Vaccination in Bombay 1924-1928 - 1924-1928
Year: 1924
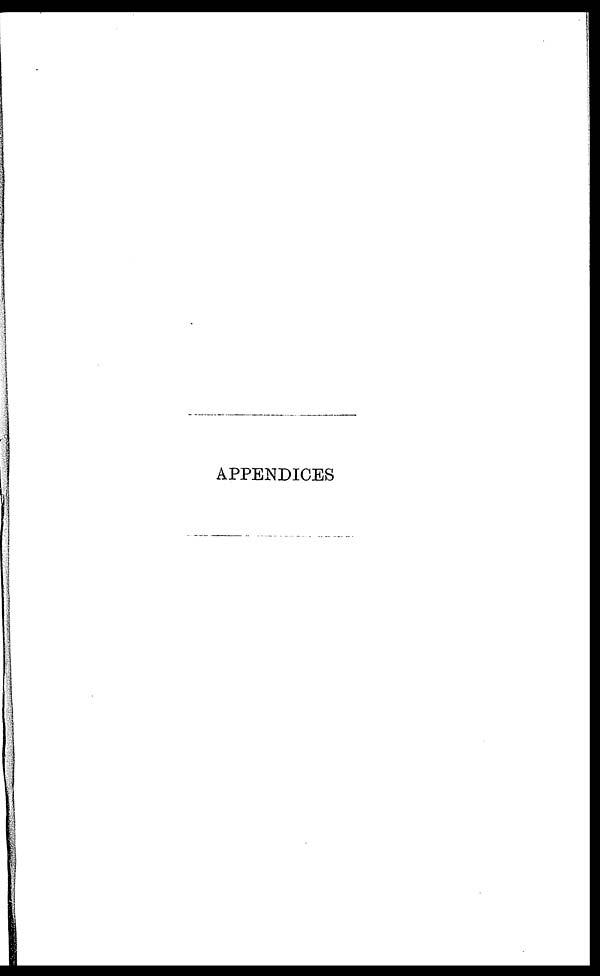
APPENDICES